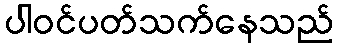
ပါဝင်ပတ်သက်နေသည်